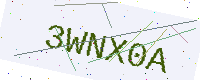
Text: 3WNX0A